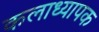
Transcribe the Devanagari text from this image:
कलाध्यापक